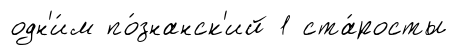
одн'и́м по́знанск'ий 1 ста́росты